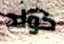
كولد